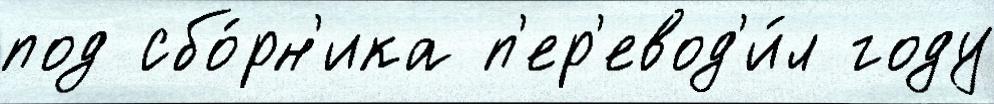
под сбо́рн'ика п'ер'евод'и́л году